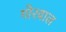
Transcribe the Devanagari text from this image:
गोरवाल